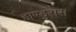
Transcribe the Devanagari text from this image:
हाण्डुरास